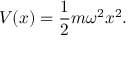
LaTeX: V ( x ) = { \frac { 1 } { 2 } } m \omega ^ { 2 } x ^ { 2 } .